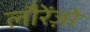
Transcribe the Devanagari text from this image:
लौरेंज़ो